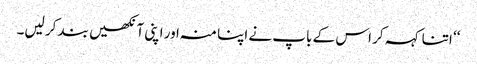
‘‘ اتنا کہہ کر اس کے باپ نے اپنا منہ اور اپنی آنکھیں بند کر لیں۔